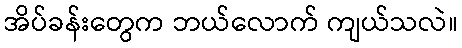
အိပ်ခန်းတွေက ဘယ်လောက် ကျယ်သလဲ။